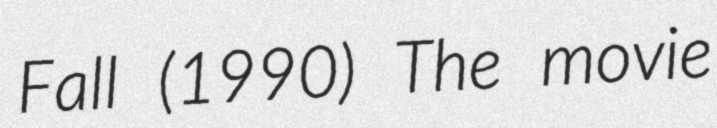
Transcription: Fall (1990) The movie